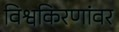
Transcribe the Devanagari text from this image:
विश्वकिरणांवर